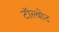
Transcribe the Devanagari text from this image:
टॉल्बोट